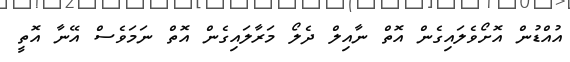
އުއްޑުން އޮށޯވެލައިގެން އޮތް ނާއިލް ދެލޯ މަރާލައިގެން އޮތް ނަމަވެސް އޭނާ އޮތީ